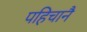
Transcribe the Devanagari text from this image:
पहिचानै